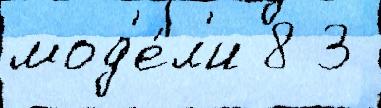
мод'е́л'и 8 3